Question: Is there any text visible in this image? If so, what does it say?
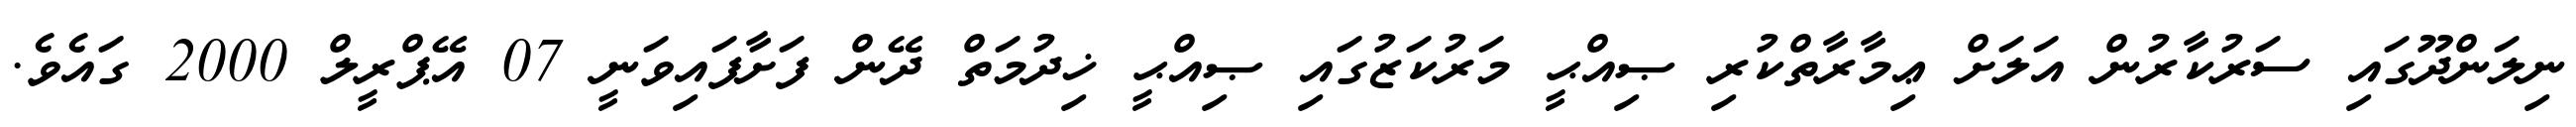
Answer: ނިލަންދޫގައި ސަރުކާރުން އަލަށް ޢިމާރާތްކުރި ޞިއްޙީ މަރުކަޒުގައި ޞިއްޙީ ޚިދުމަތް ދޭން ފަށާފައިވަނީ 07 އޭޕްރީލް 2000 ގައެވެ.